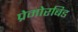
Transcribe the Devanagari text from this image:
प्रेमोरबिड